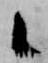
候